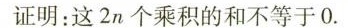
证明：这2n个乘积的和不等于0.